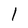
Character: 1